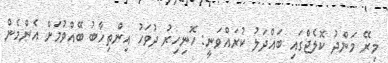
މިރޭ މަންދު ކޮލެޖްގައި ބައްދަލު ކުރައްވަނީ: ހޮނިހިރު ދުވަހު އިންތިހާބު ބޭއްވުމަށް އެންމެން